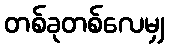
တစ်ခုတစ်လေမျှ